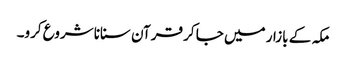
مکہ کے بازار میں جا کر قرآن سنانا شروع کرو۔